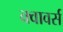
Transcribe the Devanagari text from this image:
क्वावर्स